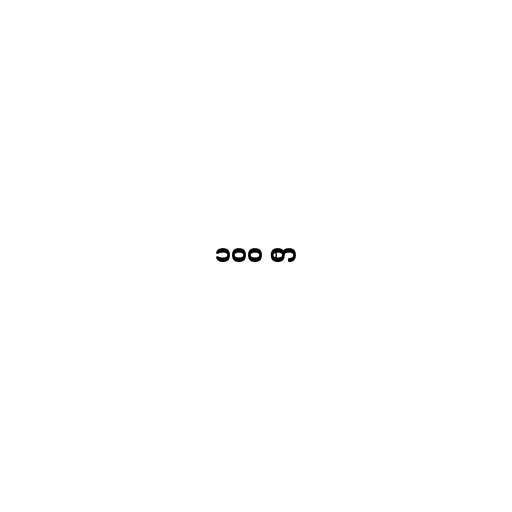
၁၀၀ စာ